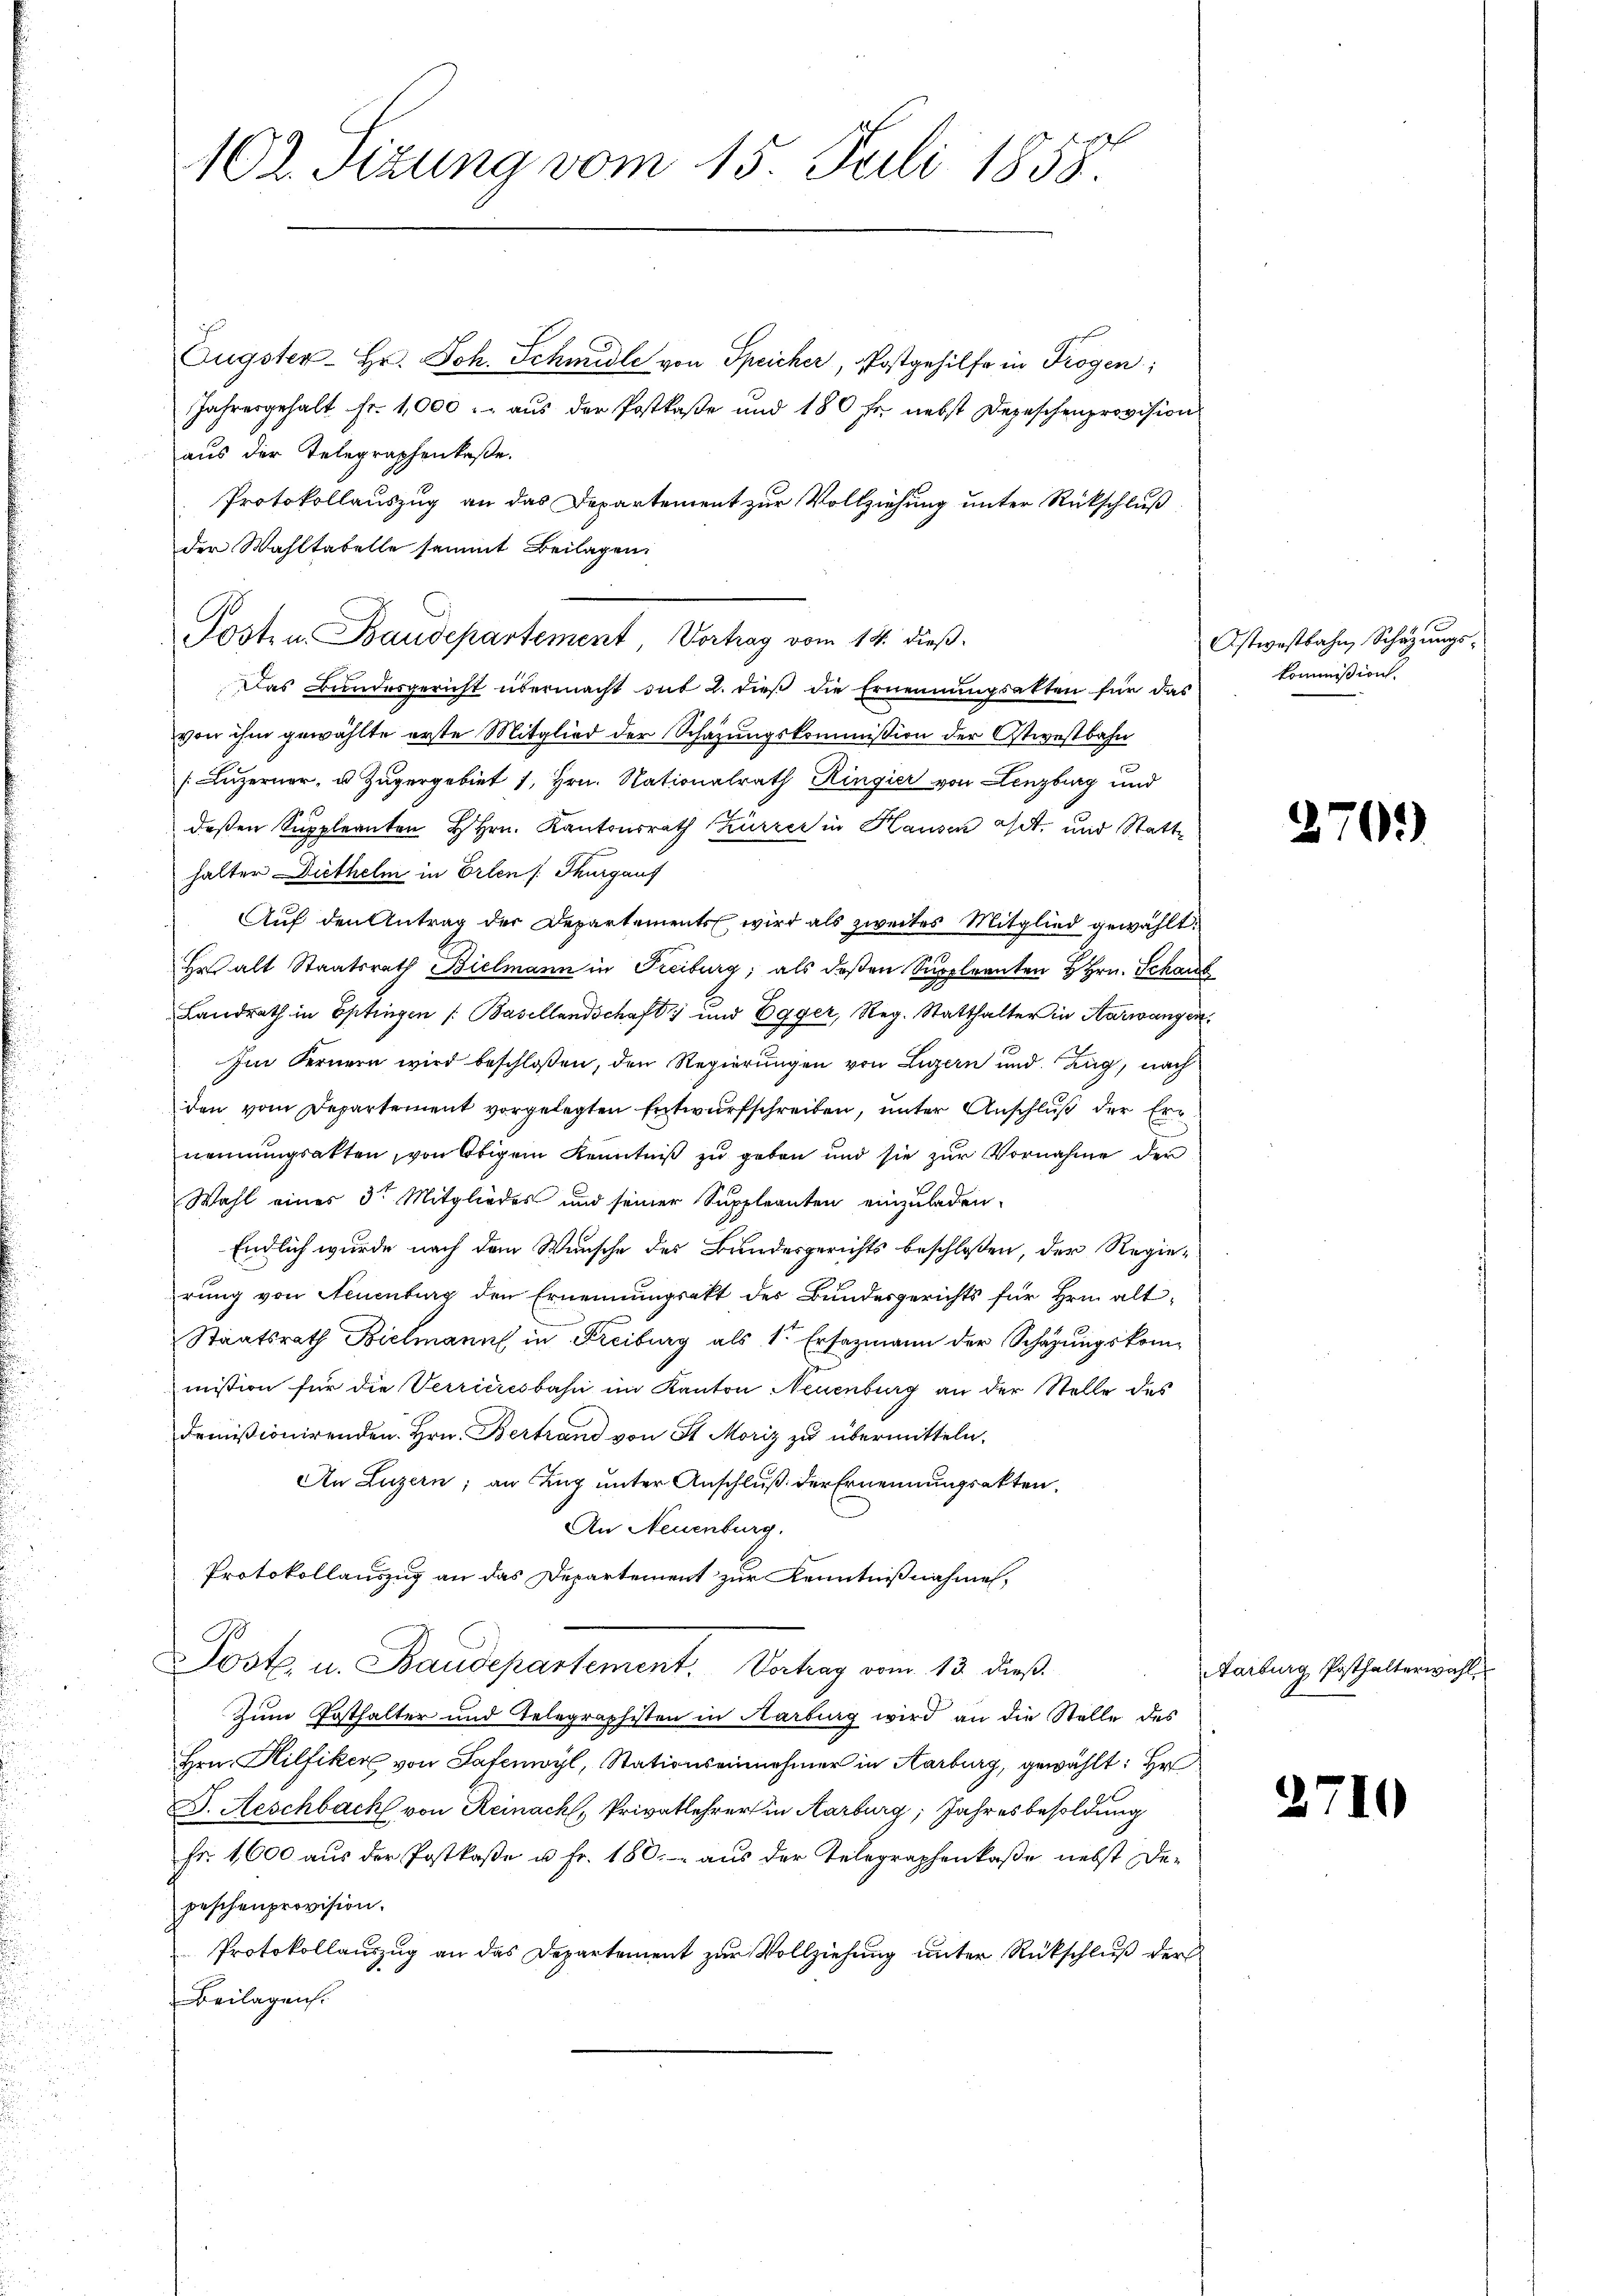
102. Sizung vom 15. Juli 1858.

Augster-Hr. Joh. Schmidle von Speicher, Postgehilfe in Trogen;
Jahresgehalt Fr. 1,000.- aus der Postkaße und 180 fr. nebst Depeschenprovision
aus der Telegraphenkaße.
Protokollauszug an das Departement zur Vollziehung unter Rückschluß
der Wahltabelle sammt Beilagen.
Posten Baudepartement Vortrag vom 14. dieß.
Das Bundesgericht übermacht mit 2. dieß die Ernennungsakten für das
von ihm gewählte erste Mitglied der Schazungskommission der Ostwestbahn
(Luzerner, u. Zugergebiet 1, Hrn. Nationalrath Ringier von Lenzburg und
deßen Suppleanten H. Hrn. Kantonsrath Zürrer in Hausen ist, und Statthalter Diethelm in Orten Thurgauf
Auf den Antrag der Departements wird als zweites Mitglied gewählt:
Hr. alt Staatsrath Bielmann in Freiburg, als deßen Suppleanten H Hrn. Schau
Landrath in Eptingen /: Basellandschaft) und Egger, Reg. Statthalter in Aarwangen
Im Fernern wird beschlossen, den Regierungen von Luzern und Zug, nach
den vom Departement vorgelegten Entwurfschreiben, unter Anschluß der Ernennungsakten, von Obigem Kenntniß zu geben und sie zur Vornahme der
Wahl eines 3ten Mitgliedes und seiner Suppleanten einzuladen
Endlich wurde nach dem Wunsche des Bundesgerichts beschlossen, der Regierung von Neuenburg den Ernennungsakt des Bundesgerichts für Hrn. alt-
Staatsrath Bielmanns in Freiburg als 1. Ersazmann der Schazungskommission für die Verrieresbahn im Kanton Neuenburg an der Stelle des
domißionirenden. Hrn. Bertrand von St. Moriz zu übermitteln.
An Luzern; an Zug unter Anschluß der Ernennungsakten.
An Neuenburg.
Protokollauszug an das Departement zur Kenntnißnahmen,
Post u. Baudepartement. Verhag vom 12. dieß
Zum Posthalter und Telegraphisten in Karburg wird an die Stelle des
Hrn. Hilfiker von Safenwyl, Stationseinnehmer in Aarburg, gewählt: Hr
B. Aeschbach von Reinack, Privatlehrer in Aarburg, Jahresbesoldung
Fr. 1,600 aus der Postkase u. Fr. 180. aus der Telegraphenkaße nebst Depeschenprovision.
Protokollauszug an das Departement zur Vollziehung unter Rückschluß der
Beilagen.

Ostwestbahn, Schazungskommißion.

2

Aarburg Posthalterwahl

2

)

)